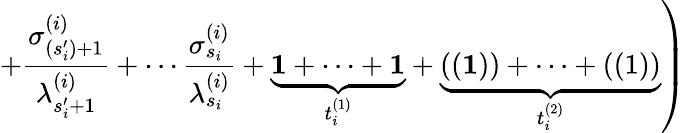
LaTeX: \left.+\frac{\sigma_{(s_{i}^{\prime})+1}^{(i)}}{\lambda_{s_{i}^{\prime}+1}^{(i)}}+\cdots\frac{\sigma_{s_{i}}^{(i)}}{\lambda_{s_{i}}^{(i)}}+\underbrace{{\mathbf 1}+\cdots+{\mathbf 1}}_{t_{i}^{(1)}}+\underbrace{((\mathbf 1))+\cdots+((1))}_{t_{i}^{(2)}}\right)